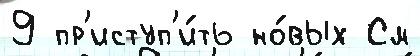
9 пр'иступ'и́ть но́вых См